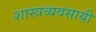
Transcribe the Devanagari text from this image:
शास्त्रव्यवसायी